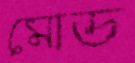
মোড